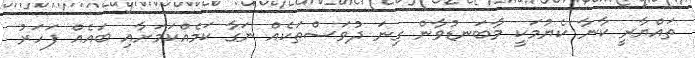
ތައްޔާރީ ކާނާ ކެޔުމަކީ މާބަނޑުވާން ގިނަ ދުވަސްތަކެއް ނަގާ ކަމެއްކަމަށާއި ބައެއް ފަހަރު